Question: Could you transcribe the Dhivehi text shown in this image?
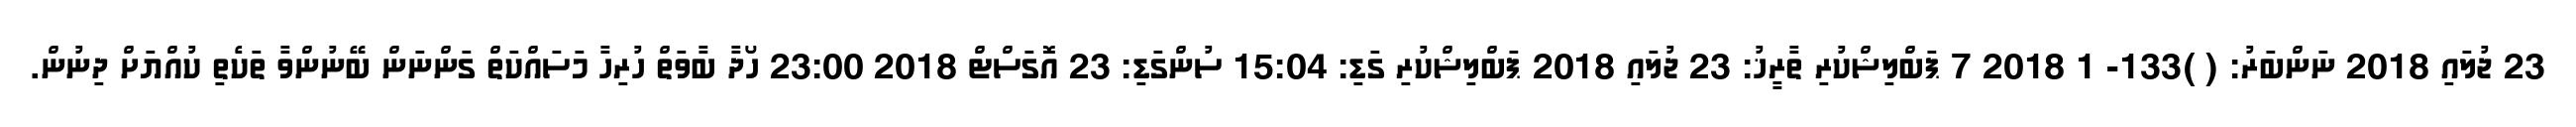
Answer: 23 ޖުލައި 2018 ނަންބަރު: ( )133- 1 2018 7 ޕަބްލިޝްކުރި ތާރީޚު: 23 ޖުލައި 2018 ޕަބްލިޝްކުރި ގަޑި: 15:04 ސުންގަޑި: 23 އޮގަސްޓް 2018 23:00 ހޯދާ ބާވަތް ހުރިހާ މަސައްކަތް ގަންނަން ބޭނުންވާ ތަކެތި ކުއްޔަށް ދިނުން.